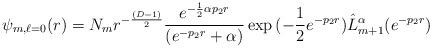
LaTeX: \begin{align*}\psi_{m,\ell=0}(r)=N_mr^{-\frac{(D-1)}{2}}\frac{e^{-\frac{1}{2}\alpha p_2r}}{(e^{-p_2r}+\alpha)}\exp{(-\frac{1}{2}e^{-p_2r})}\hat{L}_{m+1}^{\alpha}(e^{-p_2r})\end{align*}